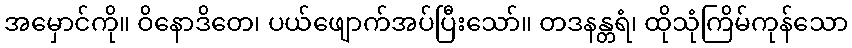
အမှောင်ကို။ ဝိနောဒိတေ၊ ပယ်ဖျောက်အပ်ပြီးသော်။ တဒနန္တရံ၊ ထိုသုံကြိမ်ကုန်သော